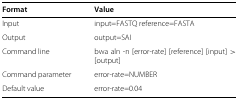
| Format | Value |
 | --- | --- |
 | Input | input=FASTQ reference=FASTA |
 | Output | output=SAI |
 | Command line | bwa aln -n [error-rate] [reference] [input] > [output] |
 | Command parameter | error-rate=NUMBER |
 | Default value | error-rate=0.04 |